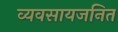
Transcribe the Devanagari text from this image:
व्यवसायजनित